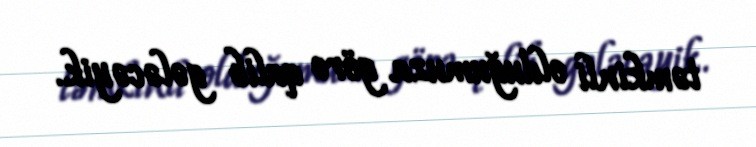
təmkinli olduğumuza görə qalib gələcəyik.